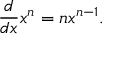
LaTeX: { \frac { d } { d x } } x ^ { n } = n x ^ { n - 1 } .